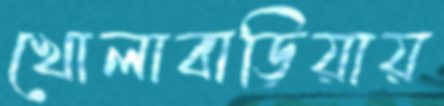
খোলাবাড়িয়ায়